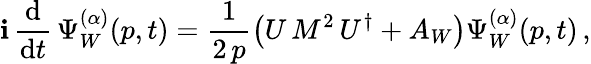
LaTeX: \mathbf{i}\, \frac{{\mathrm{{d}}}}{{\mathrm{{d}}t}}\, \Psi_{W}^{(\alpha)}(p,t)=\frac{{1}}{{2\, p}}\left(U\, M^{2}\, U^{\dagger}+A_{W}\right)\Psi_{W}^{(\alpha)}(p,t)\, ,